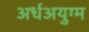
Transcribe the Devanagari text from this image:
अर्धअयुग्म